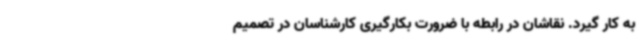
به کار گیرد. نقاشان در رابطه با ضرورت بکارگیری کارشناسان در تصمیم